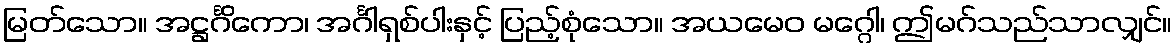
မြတ်သော။ အဋ္ဌင်္ဂိကော၊ အင်္ဂါရှစ်ပါးနှင့် ပြည့်စုံသော။ အယမေဝ မဂ္ဂေါ၊ ဤမဂ်သည်သာလျှင်။